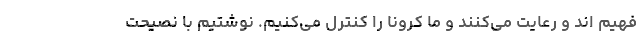
فهیم اند و رعایت می‌کنند و ما کرونا را کنترل می‌کنیم. نوشتیم با نصیحت